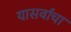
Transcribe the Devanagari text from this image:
यासर्वांचा